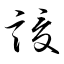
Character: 謖